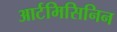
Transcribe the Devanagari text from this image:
आर्टमिसिनिन